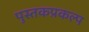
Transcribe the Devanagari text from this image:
पुस्तकप्रकल्प